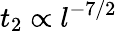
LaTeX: t_{2}\propto l^{-7/2}